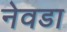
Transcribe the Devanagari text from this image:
नेवडा